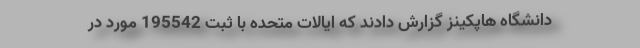
دانشگاه هاپکینز گزارش دادند که ایالات متحده با ثبت 195542 مورد در